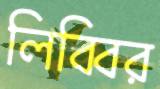
লিব্বির